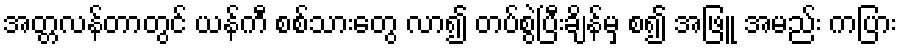
အတ္တလန်တာတွင် ယန်ကီ စစ်သားတွေ လာ၍ တပ်စွဲပြီးချိန်မှ စ၍ အဖြူ အမည်း ကပြား